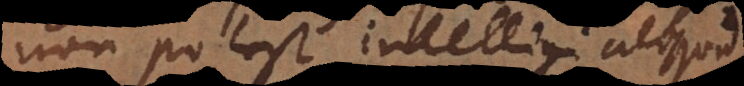
non potest intelligi aliquod